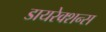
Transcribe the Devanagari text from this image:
डायरेक्शन्स